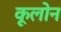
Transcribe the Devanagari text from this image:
कूलोन